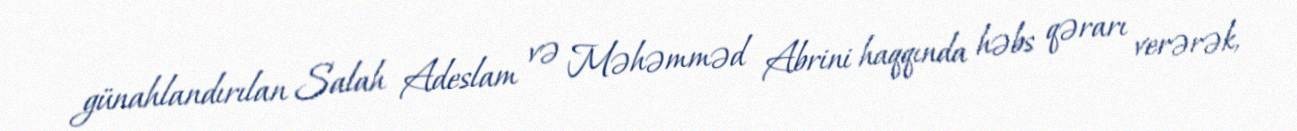
günahlandırılan Salah Adeslam və Məhəmməd Abrini haqqında həbs qərarı verərək,